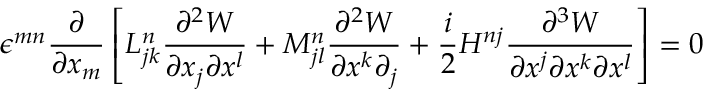
\epsilon ^ { m n } \displaystyle \frac { \partial } { \partial x _ { m } } \left[ L _ { j k } ^ { n } \frac { \partial ^ { 2 } W } { \partial x _ { j } \partial x ^ { l } } + M _ { j l } ^ { n } \frac { \partial ^ { 2 } W } { \partial x ^ { k } \partial _ { j } } + \frac { i } { 2 } H ^ { n j } \frac { \partial ^ { 3 } W } { \partial x ^ { j } \partial x ^ { k } \partial x ^ { l } } \right] = 0